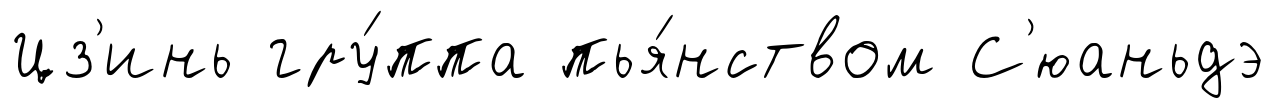
Цз'инь гру́ппа пья́нством С'юаньдэ